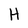
Character: H